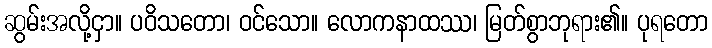
ဆွမ်းအလို့ငှာ။ ပဝိသတော၊ ဝင်သော။ လောကနာထဿ၊ မြတ်စွာဘုရား၏။ ပုရတော